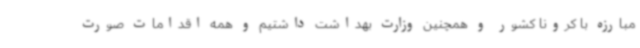
مبارزه با کرونا کشور و همچنین وزارت بهداشت داشتیم و همه اقدامات صورت